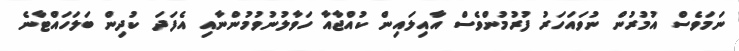
ނަމަވެސް އުމުރުން ނުވައަހަރު ފުރުމުންވެސް އާއިލައިން ކުއްޖާއާ ހަވާލުނުވުމުންނާއި އެފަދަ ކުދިން ބަލަހައްޓާނެ